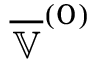
\overline { { \mathbb { V } } } ^ { ( 0 ) }